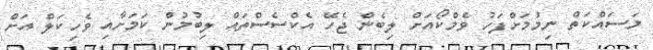
މަސައްކަތް ނިމުމަށްފަހު ވެމްކޯއަށް ލިބެން ޖެހޭ އެކްސެސްތައް ލިބުމުން ކަމަށާއި ވެހިކަލް އަށް